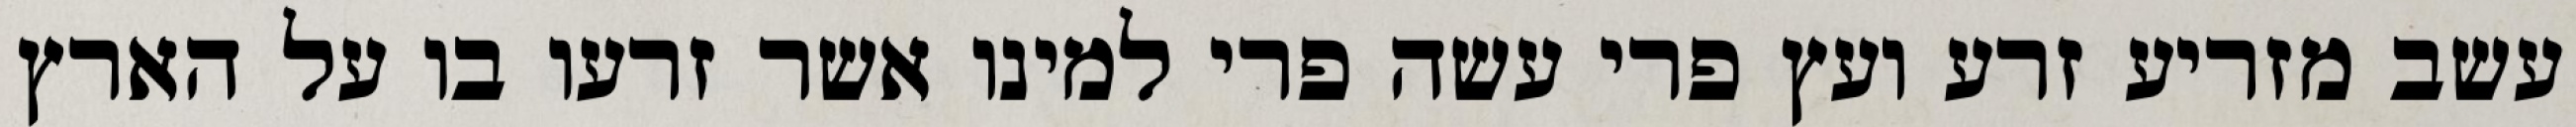
עשב מזריע זרע ועץ פרי עשה פרי למינו אשר זרעו בו על הארץ